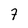
Character: 7